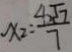
x _ { 2 } = \frac { 4 \sqrt { 7 } } { 7 }